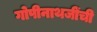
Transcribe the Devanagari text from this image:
गोपीनाथजींची